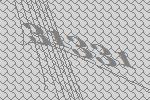
31331